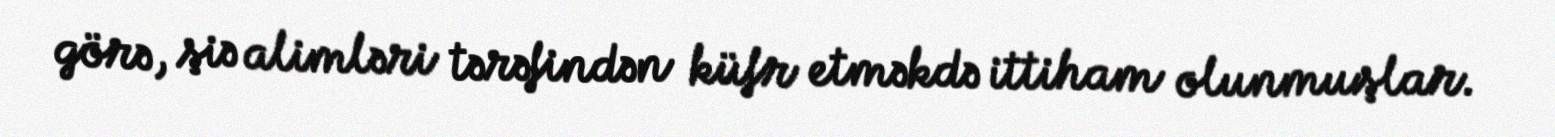
görə, şiə alimləri tərəfindən küfr etməkdə ittiham olunmuşlar.